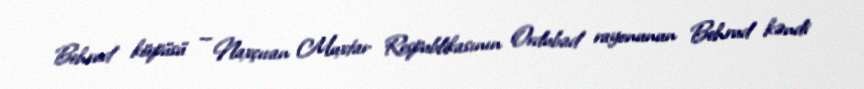
Behrud körpüsü — Naxçıvan Muxtar Respublikasının Ordubad rayonunun Behrud kəndi